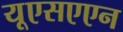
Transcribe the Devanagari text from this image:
यूएसएएन